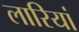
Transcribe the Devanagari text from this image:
लारियां